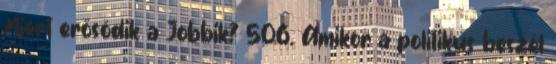
Miért erősödik a Jobbik? 506. Amikor a politikus beszél